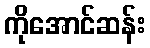
ကိုအောင်ဆန်း